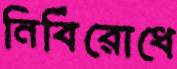
নির্বিরোধে